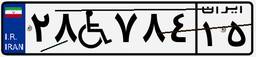
۱۵W۲۱۱۵۶